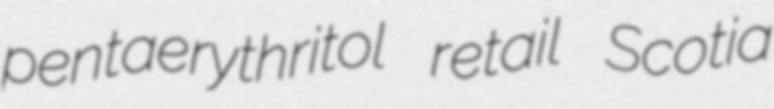
pentaerythritol retail Scotia